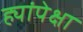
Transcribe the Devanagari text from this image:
ह्यांपेक्षा